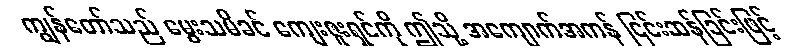
ကျွန်တော်သည် မွေးသမိခင် ကျေးဇူးရှင်ကို ဤသို့ အကျောက်အကန် ငြင်းဆန်ခြင်းဖြင့်